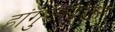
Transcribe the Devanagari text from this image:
हांगुलसोबत